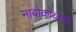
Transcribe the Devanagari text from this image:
नाबोकोव्ह्ची